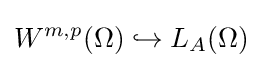
W^{m,p}(\Omega )\hookrightarrow L_{A}(\Omega )